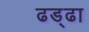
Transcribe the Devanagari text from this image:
ढड्ढा